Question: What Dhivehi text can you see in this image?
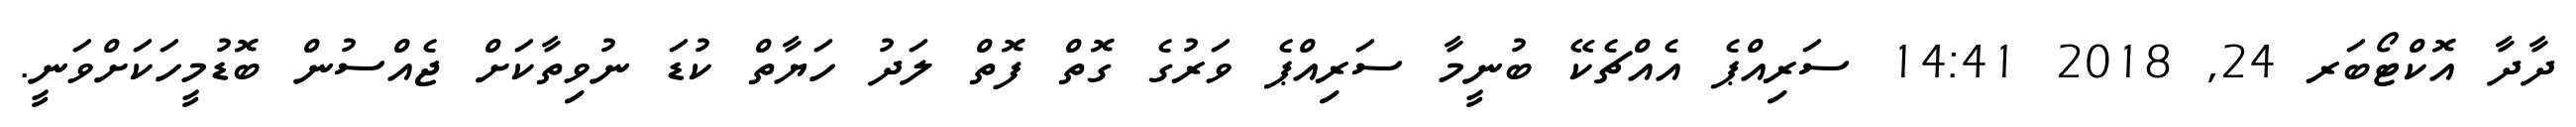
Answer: ދާދާ އޮކްޓޯބަރ 24, 2018 14:41 ސަރިއްޕެ އެއްޗެކޭ ބުނީމާ ސަރިއްޕެ ވަރުގެ ގޮތް ފޮތް ލަދު ހަޔާތް ކުޑަ ނުވިތާކަށް ޖެއްސުން ބޮޑުމީހަކަށްވަނީ.